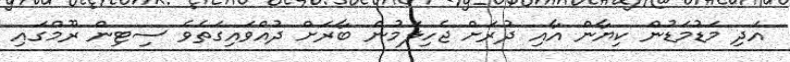
އަދި މަޑުމަޑުން ކިޔާން އާއި ދުރަށް ޖެހިލަމުން ބާރަށް ދުއްވައިގަތެވެ ސިޓިން ރޫމްގައި